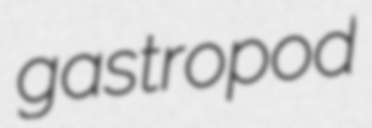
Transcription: gastropod